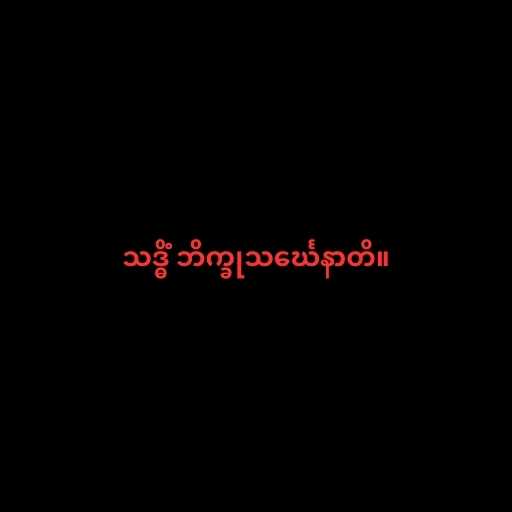
သဒ္ဓိံ ဘိက္ခုသင်္ဃေနာတိ။